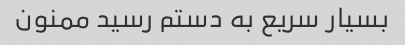
بسیار سریع به دستم رسید ممنون